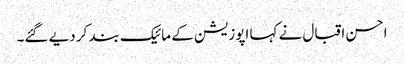
احسن اقبال نے کہا اپوزیشن کے مائیک بند کر دیے گئے۔